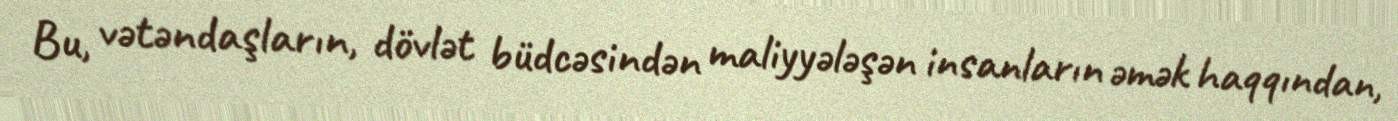
Bu, vətəndaşların, dövlət büdcəsindən maliyyələşən insanların əmək haqqından,